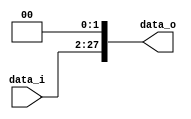
//Subject:      CO project 2 - Shift_Left_Two_26_to_28
//--------------------------------------------------------------------------------
//Version:     1
//--------------------------------------------------------------------------------
//Description:
//--------------------------------------------------------------------------------

module Shift_Left_Two_26_to_28(
    data_i,
    data_o
    );

//I/O ports
input  [26-1:0] data_i;
output [28-1:0] data_o;

//shift left 2
assign data_o = {data_i, 2'b00};

endmodule